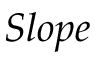
S l o p e